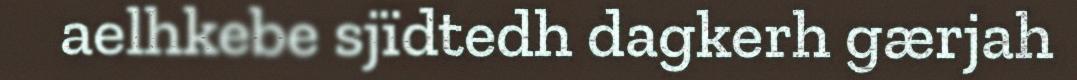
aelhkebe sjïdtedh dagkerh gærjah